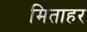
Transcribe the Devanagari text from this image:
मिताहर